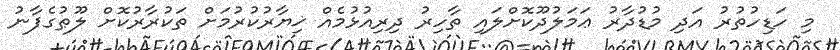
މި ހަޑިހުތުރު އަދި މުޑުދާރު ޢަމަލުދޫކޮށްލައި ތާހިރު ދިރިއުޅުމެއް ޚިޔާރުކުރުމަށް ތަކުރާރުކޮށް ލޫޠުގެފާނު